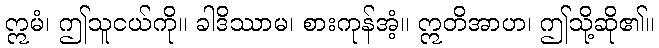
ဣမံ၊ ဤသူငယ်ကို။ ခါဒိဿာမ၊ စားကုန်အံ့။ ဣတိအာဟ၊ ဤသို့ဆို၏။